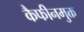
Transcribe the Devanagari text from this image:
कैफीनमुक्त